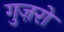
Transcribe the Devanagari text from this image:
गुज़रो